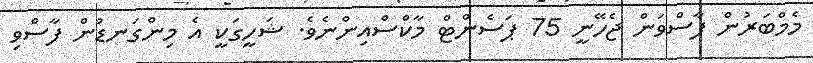
މެމްބަރުން ފާސްވަން ޖެހޭނީ 75 ޕަސެންޓް މާކްސްއިންނެވެ. ޝަހީގަކީ އެ މިންގަނޑުން ފާސްވި